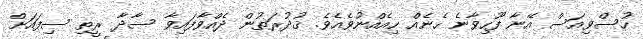
ހުސްވިއަސް އޭނާ ފޫހިވާނެ ހެނެއް ހިއެއްނުވެއެވެ. ޤުދުރަތުން ދެއްވާފައިވާ ސާދާ ރީތި ސިފައަށް